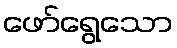
ဖော်ရွေသော